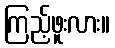
ကြည့်ဖူးလား။